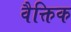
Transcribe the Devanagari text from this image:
वैक्तिक